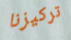
تركيزنا